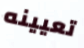
تعيينه